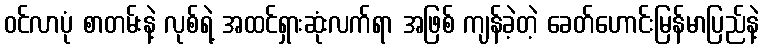
ဝင်လာပုံ စာတမ်းနဲ့ လုစ်ရဲ့ အထင်ရှားဆုံးလက်ရာ အဖြစ် ကျန်ခဲ့တဲ့ ခေတ်ဟောင်းမြန်မာပြည်နဲ့